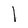
Character: l